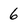
Character: 6